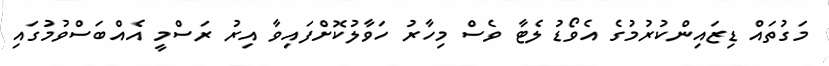
މަގުތައް ޑިޒައިންކުރުމުގެ އެވޯޑު ލެޓާ ވެސް މިހާރު ހަވާލުކޮށްފައިވާ އިރު ރަސްމީ އެއްބަސްވުމުގައި